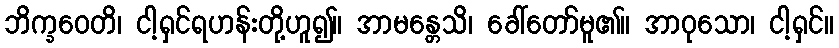
ဘိက္ခဝေတိ၊ ငါ့ရှင်ရဟန်းတို့ဟူ၍။ အာမန္တေသိ၊ ခေါ်တော်မူ၏။ အာဝုသော၊ ငါ့ရှင်။